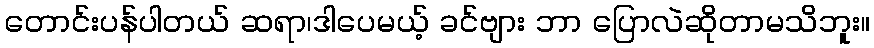
တောင်းပန်ပါတယ် ဆရာ၊ဒါပေမယ့် ခင်ဗျား ဘာ ပြောလဲဆိုတာမသိဘူး။